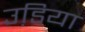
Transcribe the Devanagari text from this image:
उडि़या